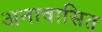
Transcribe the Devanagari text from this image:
अनावासित